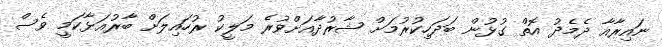
ނައިރާއާ ދެމެދު އޮތް ގުޅުން ބަދަހިކުރުމަށް ޝާރުދާއަށްވުރެ މަލީކު ރުހައިލަށް ބާރުއަޅާކަމީ ވެސް